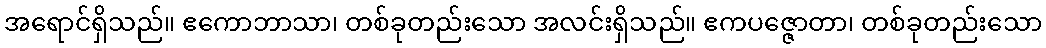
အရောင်ရှိသည်။ ဧကောဘာသာ၊ တစ်ခုတည်းသော အလင်းရှိသည်။ ဧကပဇ္ဇောတာ၊ တစ်ခုတည်းသော